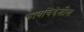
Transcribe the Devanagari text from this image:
भावाचेदेखील